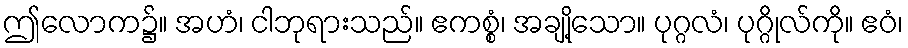
ဤလောက၌။ အဟံ၊ ငါဘုရားသည်။ ဧကစ္စံ၊ အချို့သော။ ပုဂ္ဂလံ၊ ပုဂ္ဂိုလ်ကို။ ဧဝံ၊